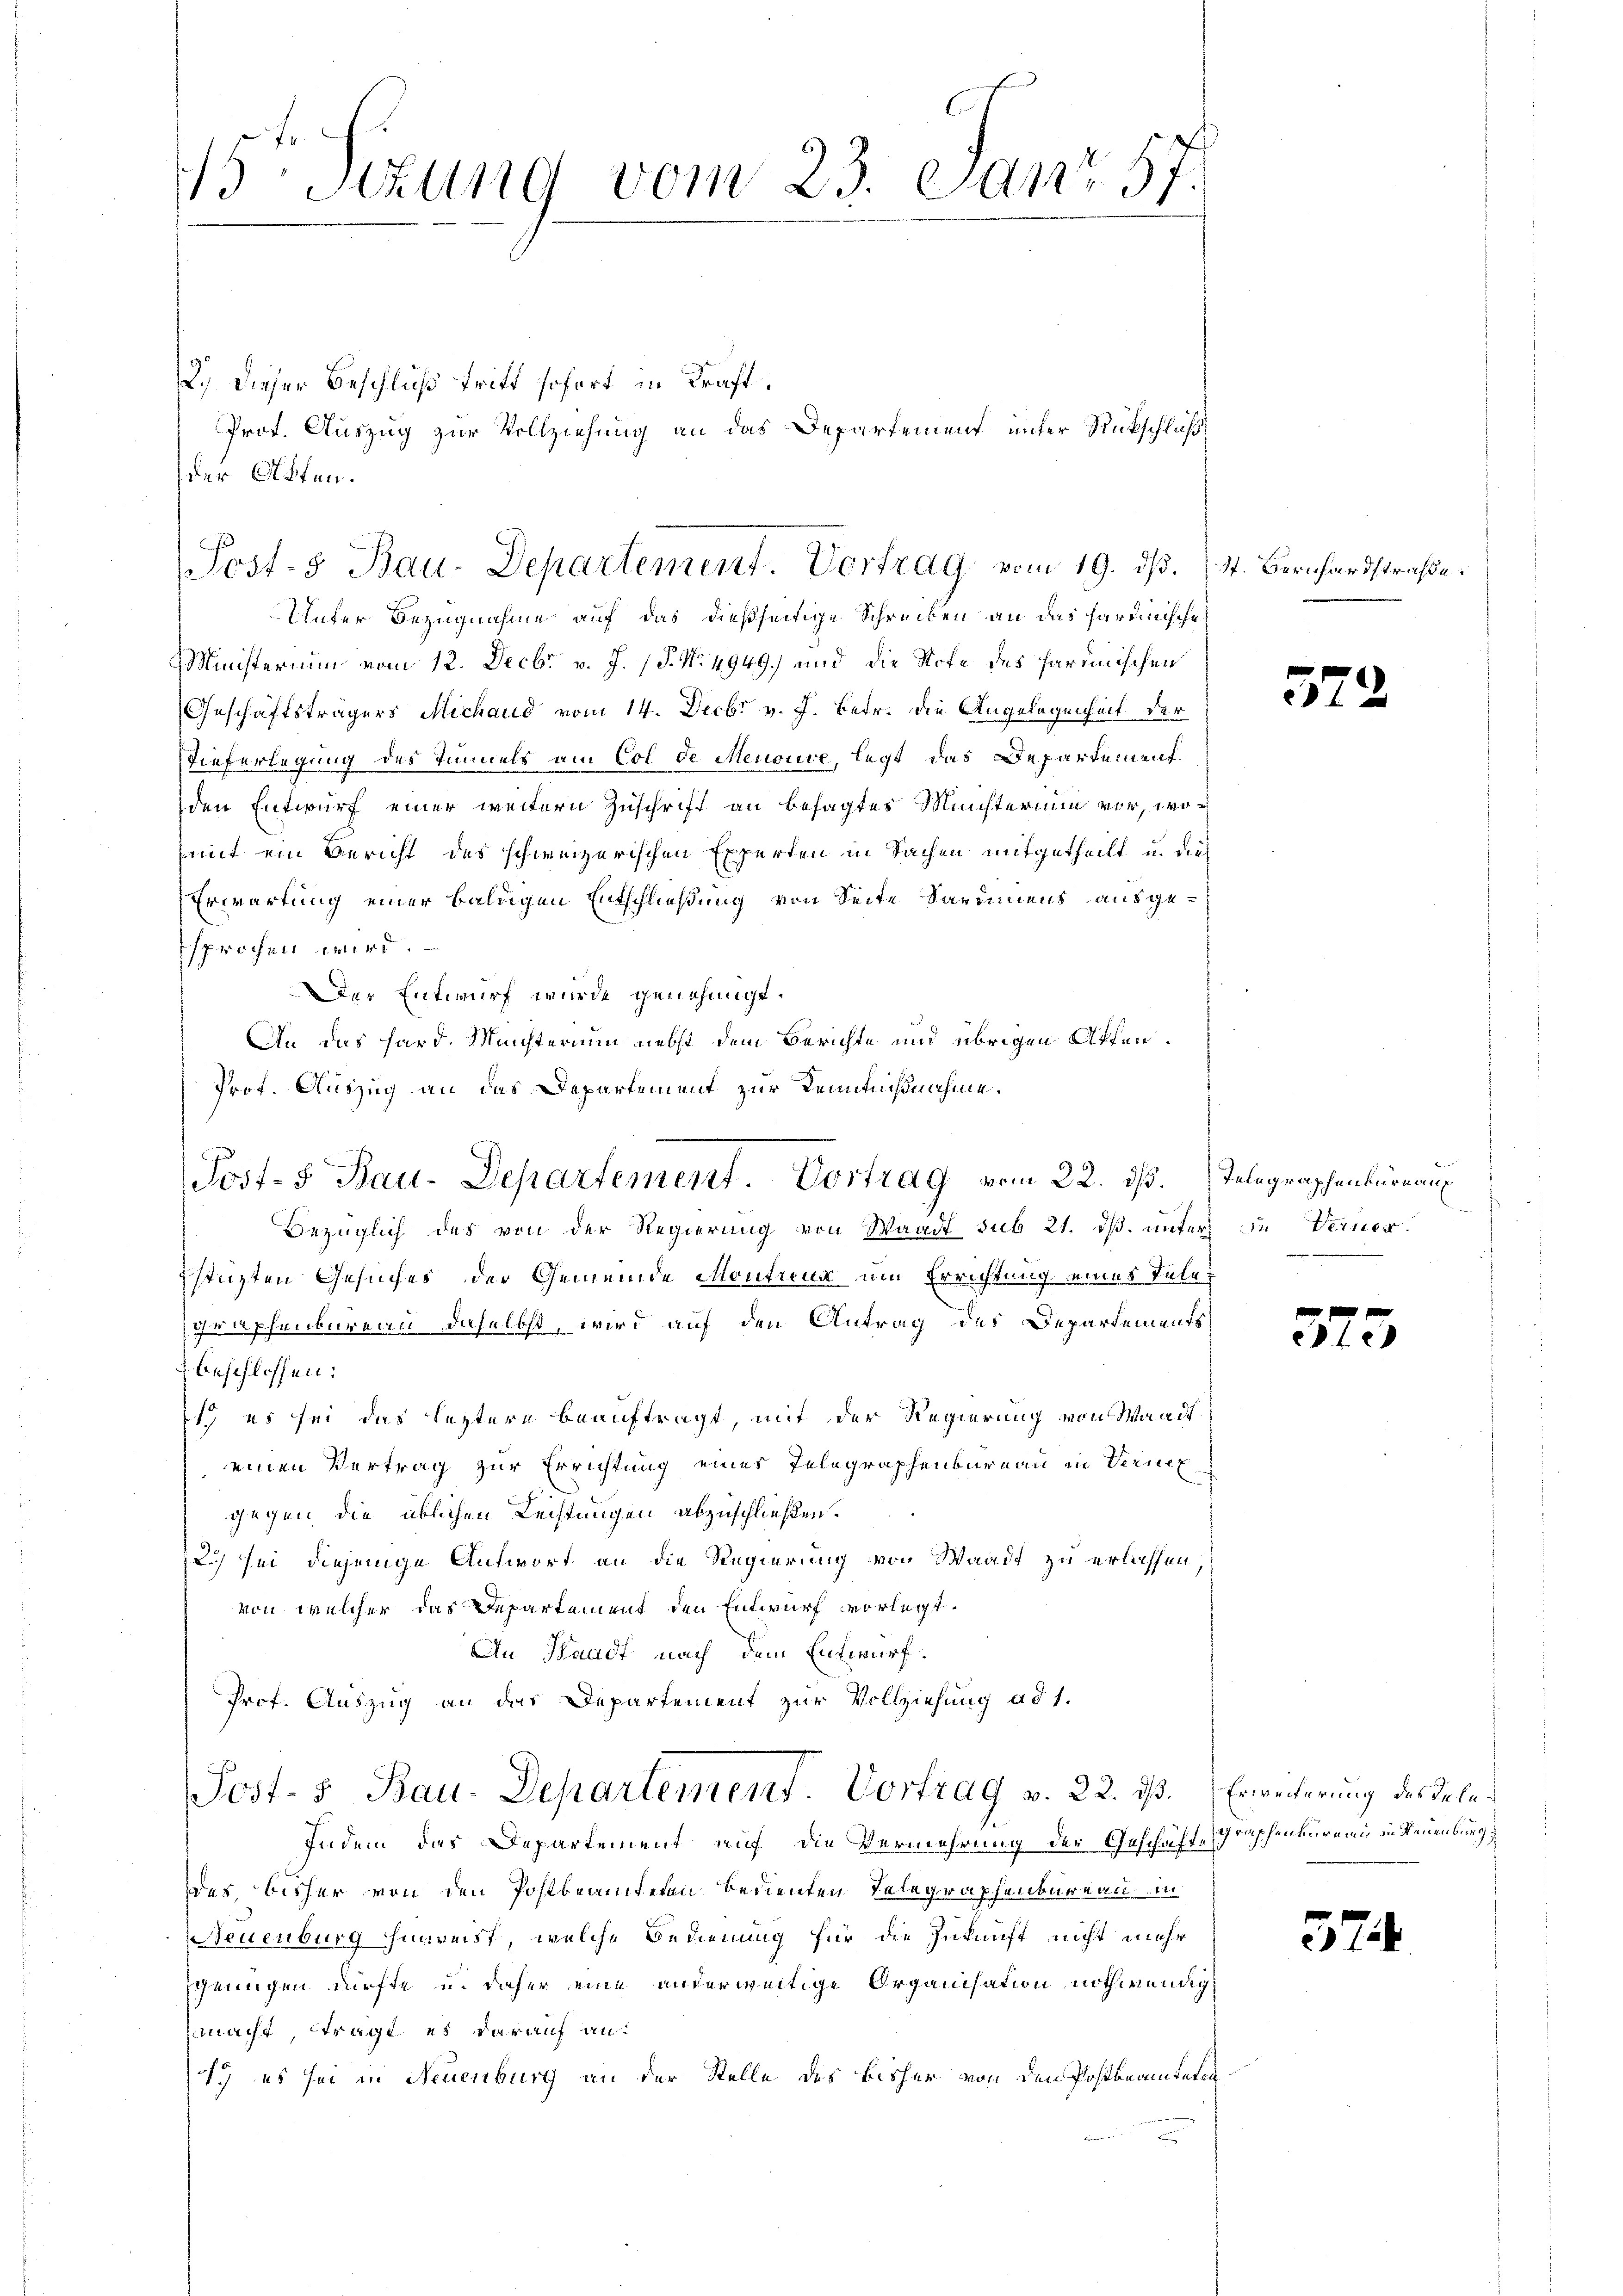
Unter Bezugnahme auf das dießseitige Schreiben an das hartinische
Ministerium vom 12. Decbr v. J. (§. No. 4949.) und die Stofe des sardinischen
Geschäftsträgers Michaud vom 14. Decbr v. J. betr. die Angelegenheit der
Tieferlegung des Tunnels am Col de Menouve, legt das Departement
den Entwurf einer weitern Zuschrift an besagtes Münsterium vor, wo¬
(mit ein Bericht des schweizerischen Experten in Sachen mitgetheilt u. dies
Erwartung einer baldigen Entschließung von Seite Sardinens ausgesprochen wird.
Der Entwurf wurde genehmigt.
An das Hard. Meisterium nebst dem Berichte und übrigen Akten¬
Prof. Auszug an das Departement zur Kenntnißnahme.
Bezüglich des von der Regierung von Waadt sub 21. ds. unter in Vernerstüzten Gesuches der Gemeinde Montreux um Errichtung eines Telegraphenbaren daselbst, wird auf den Antrag des Departements
beschlossen:
s es sei das leztere beauftragt, mit der Regierung von Waadt
einen Vertrag zur Errichtung eines Telegraphenbureau in Verne
gegen die üblichen Leistungen abzuschließen.
2) sei diejenige Antwort an die Regierung von Waadt zu erlassen
von welcher das Departement den Entwurf vorlegt.
An Waadt nach dem Entwurf.
Prof. Auszug an das Departement zur Vollziehung ad 1.
Post- & Bau-Departement Vortrag, v. 22. ds. Erweiterung des Tele¬
Indem das Departement auf die Vermehrung der Geschäfte graphenburen in Neuenburg
des, bisher von den Postbeamteten bedienten Telegraphenbureau in
Neuenburg hinreist, welche Bedienung für die Zukunft nicht mehr
genügen dürfte u. daher eine anderweitige Organisation nothwendigmacht, tragt es darauf an¬
1. es sei in Neuenburg an der Stelle des bisher von den Postbeamteten

15t Sezung vom 23. Janr 57.

2.) Dieser Beschluß tritt sofort in Kraft.
Prof. Auszug zur Vollziehung an das Departement unter Rückschluß
der Akten.
Post-s Bau-Departement. Vortrag vom 19. dβ. St. Bernhardstraße.

Post- 5 Rau-Departement. Vortrag vom 22. ds. Telegraphenbüreau

572

x
ePfe

374.